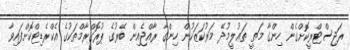
ރަޖިސްޓްރީކޮށްގެން ހިންގާ މަތީ ތަޢުލީމުދޭ މަރުކަޒަކުން ހިންގާ ރާއްޖެއިން ބޭރުގެ ޕުރޮގްރާމްތަކުގެ އެކްރެޑިޓްކޮށްފައިވާ